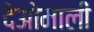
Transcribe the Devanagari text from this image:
देओमाली